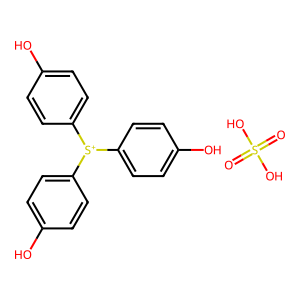
SMILES: O=S(=O)(O)O.Oc1ccc([S+](c2ccc(O)cc2)c2ccc(O)cc2)cc1
Inhibits HIV replication: No